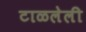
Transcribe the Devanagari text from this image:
टाळलेली